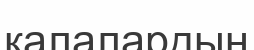
қалалардың